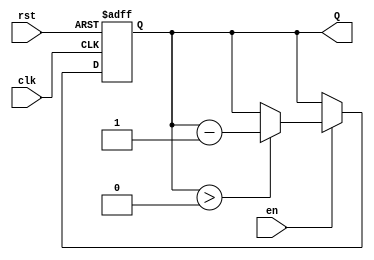
module binary_down_counter #(
    parameter WIDTH = 4 // Parameter to define the width of the counter
)(
    input wire clk,      // Clock signal
    input wire rst,      // Asynchronous reset signal
    input wire en,       // Enable signal
    output reg [WIDTH-1:0] Q // Output count
);

    // Maximum count value based on the width
    localparam MAX_COUNT = (1 << WIDTH) - 1; // 2^WIDTH - 1

    // Asynchronous reset and count logic
    always @(posedge clk or posedge rst) begin
        if (rst) begin
            Q <= MAX_COUNT; // Reset to maximum count value
        end else if (en) begin
            if (Q > 0) begin
                Q <= Q - 1; // Decrement the counter
            end
            // If Q == 0, do nothing (stop counting)
            // If wrap-around is desired, uncomment the next line:
            // else Q <= MAX_COUNT; // Wrap around to max count value
        end
    end

endmodule